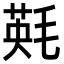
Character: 㲟